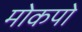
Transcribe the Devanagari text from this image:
मोकपो